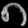
Digit: ၈